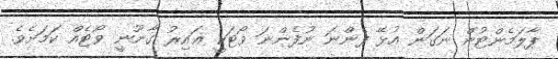
ޕާލަމެންޓުން ނަގަން އުޅޭ ފެންނަ ނުފެންނަ ވޯޓަކީ ޣައިރު ގާނޫނީ ވޯޓެއް ކަމަށެވެ.